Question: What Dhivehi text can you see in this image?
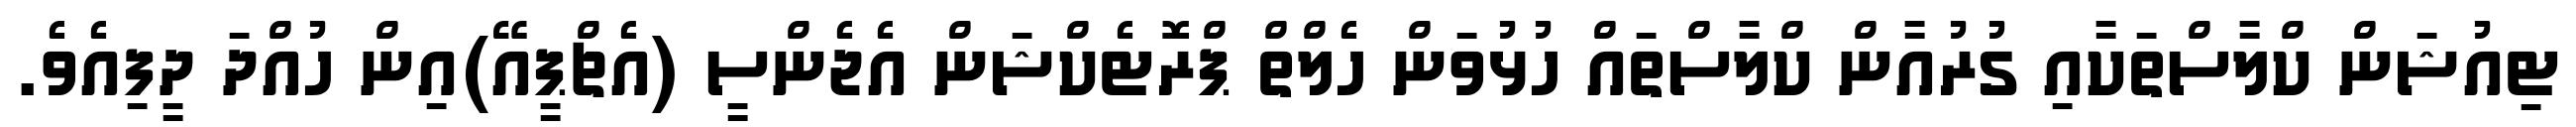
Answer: ޓިއުޝަން ކްލާސްތަކާއި ގުރުއާން ކްލާސްތައް ހުޅުވަން ހެލްތް ޕްރޮޓެކްޝަން އެޖެންސީ (އެޗްޕީއޭ)އިން ހުއްދަ ދީފިއެވެ.